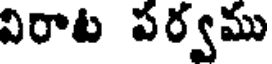
విరాట పర్వము